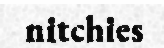
nitchies